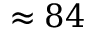
\approx 8 4